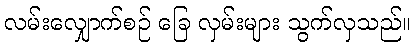
လမ်းလျှောက်စဉ် ခြေ လှမ်းများ သွက်လှသည်။